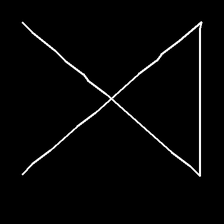
Glyph: collection